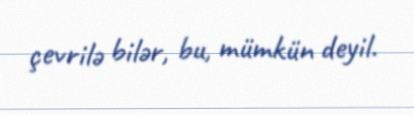
çevrilə bilər, bu, mümkün deyil.